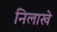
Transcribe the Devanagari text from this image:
निलाखे